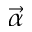
\vec { \alpha }